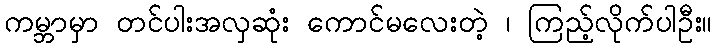
ကမ္ဘာမှာ တင်ပါးအလှဆုံး ကောင်မလေးတဲ့ ၊ ကြည့်လိုက်ပါဦး။